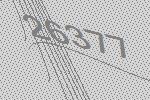
26377